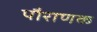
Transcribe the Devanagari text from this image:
पौराणक